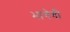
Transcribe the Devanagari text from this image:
भागेगी